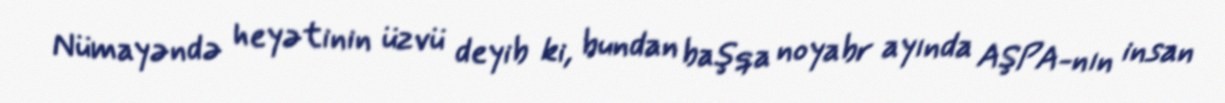
Nümayəndə heyətinin üzvü deyib ki, bundan başqa noyabr ayında AŞPA-nın insan